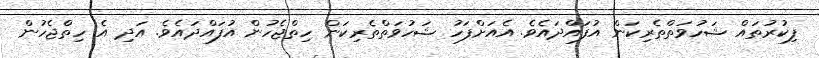
ފިކުރުތައް ޝަހުވަތްތެރިކަން އުފައްދައެވެ. އެއަށްފަހު ޝަހުވަތްތެރިކަން ހިތްޖެހުން އުފައްދައެވެ. އަދި އެ ހިތްޖެހުން